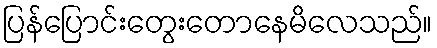
ပြန်ပြောင်းတွေးတောနေမိလေသည်။